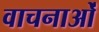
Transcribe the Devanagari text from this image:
वाचनाओं